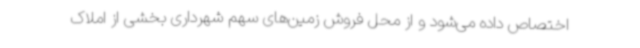
اختصاص داده می‌شود و از محل فروش زمین‌های سهم شهرداری بخشی از املاک